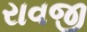
રાવજી